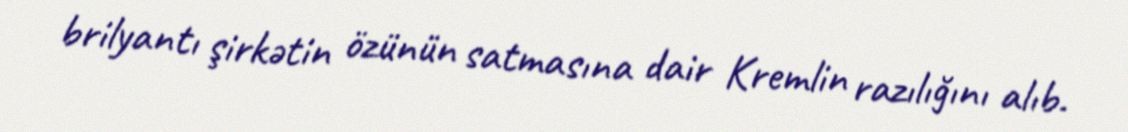
brilyantı şirkətin özünün satmasına dair Kremlin razılığını alıb.